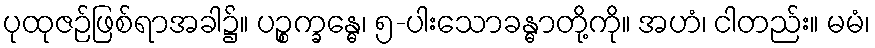
ပုထုဇဉ်ဖြစ်ရာအခါ၌။ ပဉ္စက္ခန္ဓေ၊ ၅-ပါးသောခန္ဓာတို့ကို။ အဟံ၊ ငါတည်း။ မမံ၊